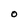
Character: O